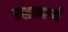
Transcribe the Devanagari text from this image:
रक्षाणार्थ